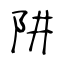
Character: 阱